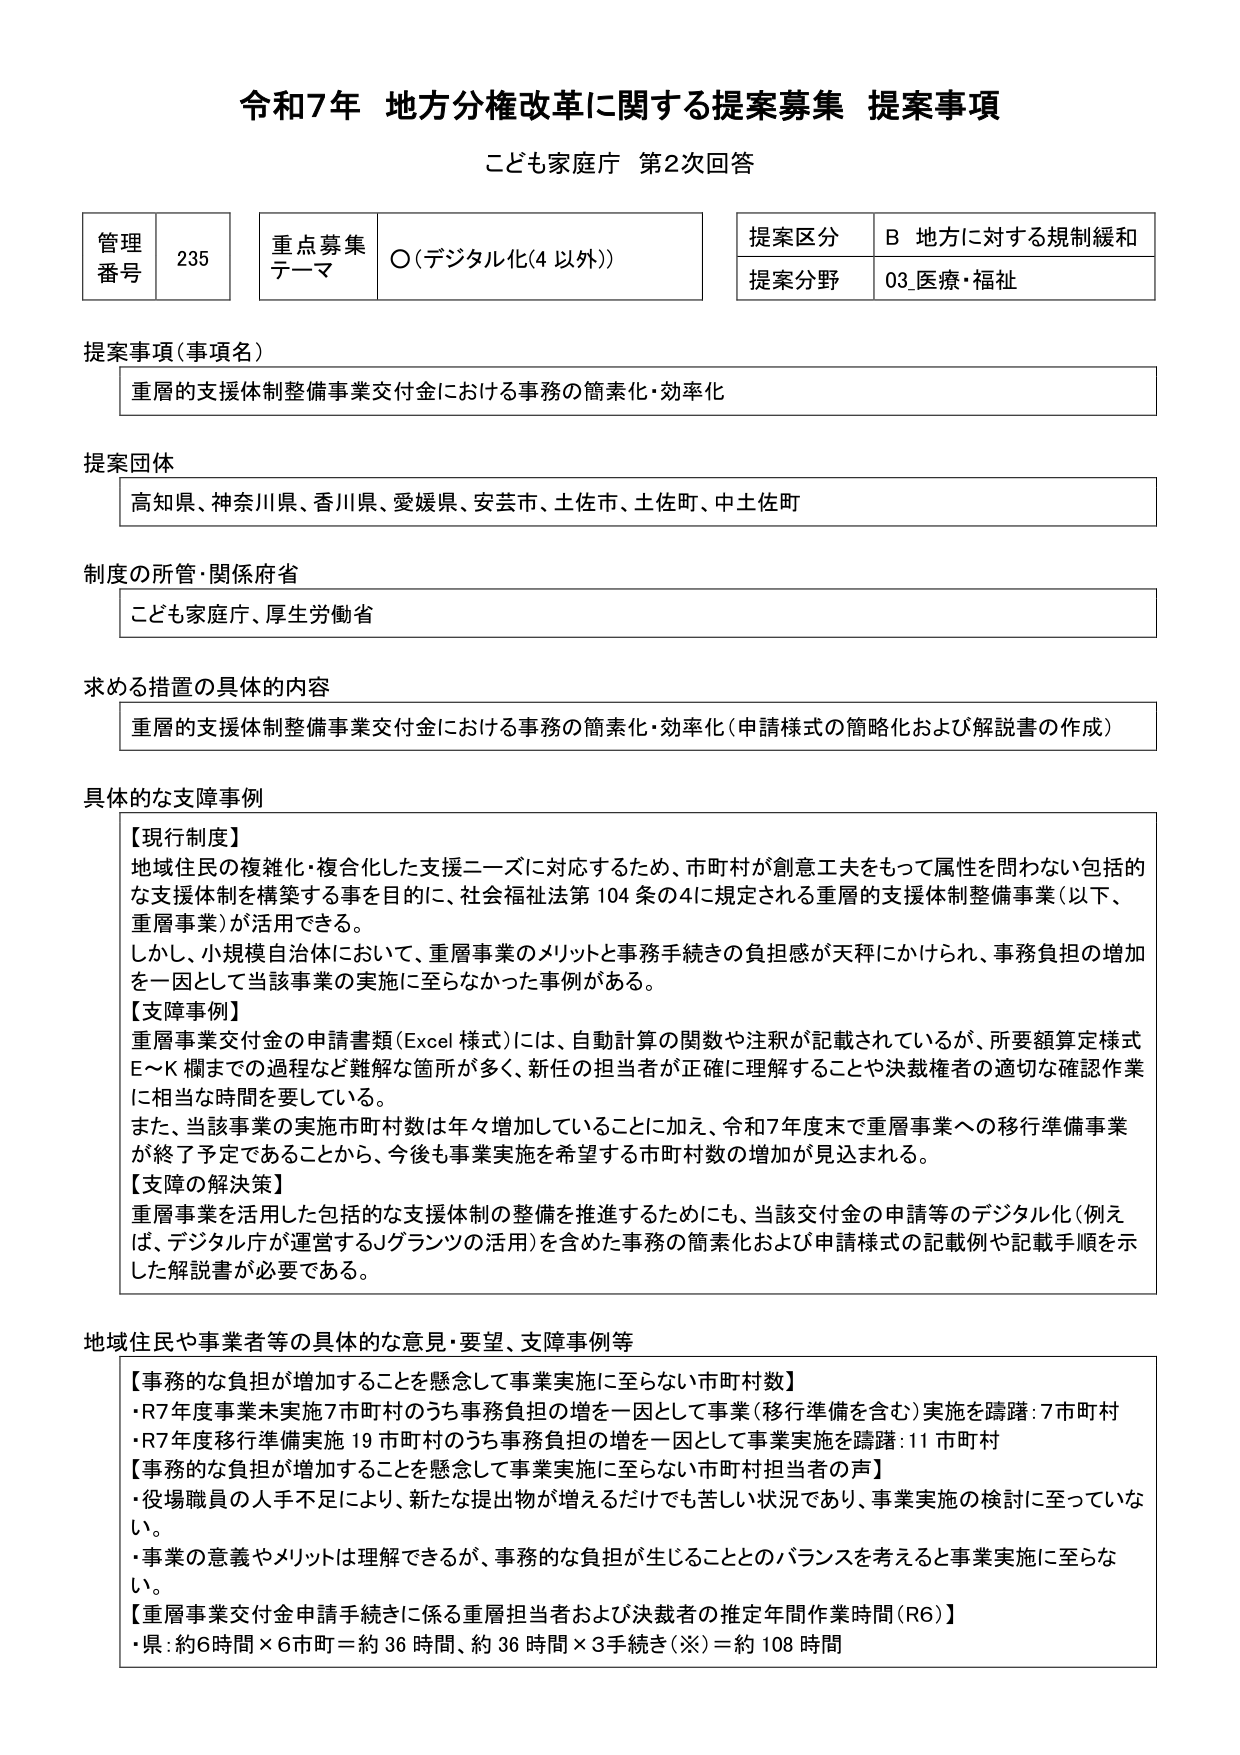
令和7年 地方分権改革に関する提案募集 提案事項
こども家庭庁 第2次回答

管理番号 235
重点募集テーマ ○（デジタル化（4 以外））
提案区分 B 地方に対する規制緩和
提案分野 03_医療・福祉

提案事項（事項名）
重層的支援体制整備事業交付金における事務の簡素化・効率化

提案団体
高知県、神奈川県、香川県、愛媛県、安芸市、土佐市、土佐町、中土佐町

制度の所管・関係府省
こども家庭庁、厚生労働省

求める措置の具体的内容
重層的支援体制整備事業交付金における事務の簡素化・効率化（申請様式の簡略化および解説書の作成）

具体的な支障事例
【現行制度】
地域住民の複雑化・複合化した支援ニーズに対応するため、市町村が創意工夫をもって属性を問わない包括的な支援体制を構築する事を目的に、社会福祉法第104条の4に規定される重層的支援体制整備事業（以下、重層事業）が活用できる。
しかし、小規模自治体において、重層事業のメリットと事務手続きの負担感が天秤にかけられ、事務負担の増加を一因として当該事業の実施に至らなかった事例がある。
【支障事例】
重層事業交付金の申請書類（Excel様式）には、自動計算の関数や注釈が記載されているが、所要額算定様式E～K欄までの過程など難解な箇所が多く、新任の担当者が正確に理解することや決裁権者の適切な確認作業に相当な時間を要している。
また、当該事業の実施市町村数は年々増加していることに加え、令和7年度末で重層事業への移行準備事業が終了予定であることから、今後も事業実施を希望する市町村数の増加が見込まれる。
【支障の解決策】
重層事業を活用した包括的な支援体制の整備を推進するためにも、当該交付金の申請等のデジタル化（例えば、デジタル庁が運営するJグランツの活用）を含めた事務の簡素化および申請様式の記載例や記載手順を示した解説書が必要である。

地域住民や事業者等の具体的な意見・要望、支障事例等
【事務的な負担が増加することを懸念して事業実施に至らない市町村数】
・R7年度事業未実施7市町村のうち事務負担の増を一因として事業（移行準備を含む）実施を躊躇：7市町村
・R7年度移行準備実施19市町村のうち事務負担の増を一因として事業実施を躊躇：11市町村
【事務的な負担が増加することを懸念して事業実施に至らない市町村担当者の声】
・役場職員の人手不足により、新たな提出物が増えるだけでも苦しい状況であり、事業実施の検討に至っていない。
・事業の意義やメリットは理解できるが、事務的な負担が生じることとのバランスを考えると事業実施に至らない。
【重層事業交付金申請手続きに係る重層担当者および決裁者の推定年間作業時間（R6）】
・県：約6時間×6市町＝約36時間、約36時間×3手続き（※）＝約108時間